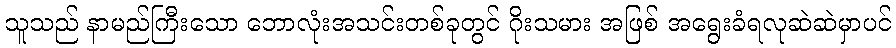
သူသည် နာမည်ကြီးသော ဘောလုံးအသင်းတစ်ခုတွင် ဂိုးသမား အဖြစ် အရွေးခံရလုဆဲဆဲမှာပင်